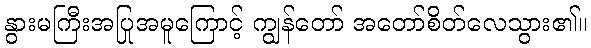
နွားမကြီးအပြုအမူကြောင့် ကျွန်တော် အတော်စိတ်လေသွား၏။